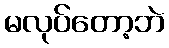
မလုပ်တော့ဘဲ